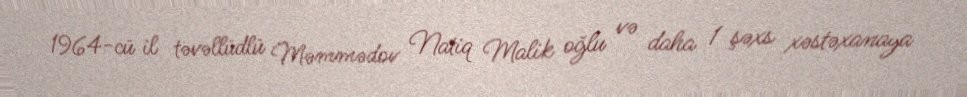
1964-cü il təvəllüdlü Məmmədov Natiq Malik oğlu və daha 1 şəxs xəstəxanaya